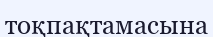
тоқпақтамасына